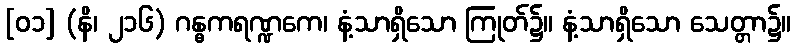
[၀၁] (နိ၊ ၂၁၆) ဂန္ဓကရဏ္ဍကေ၊ နံ့သာရှိသော ကြုတ်၌။ နံ့သာရှိသော သေတ္တာ၌။